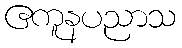
ဧကူနပညာသ